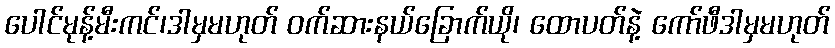
ပေါင်မုန့်မီးကင်၊ဒါမှမဟုတ် ဝက်ဆားနယ်ခြောက်ယို၊ ထောပတ်နဲ့ ကော်ဖီဒါမှမဟုတ်